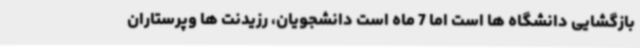
بازگشایی دانشگاه ها است اما 7 ماه است دانشجویان، رزیدنت ها وپرستاران